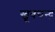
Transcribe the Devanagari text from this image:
खूबचन्द्र